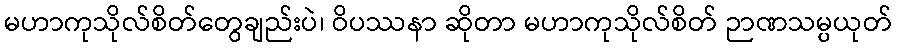
မဟာကုသိုလ်စိတ်တွေချည်းပဲ၊ ဝိပဿနာ ဆိုတာ မဟာကုသိုလ်စိတ် ဉာဏသမ္ပယုတ်